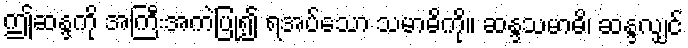
ဤဆန္ဒကို အကြီးအကဲပြု၍ ရအပ်သော သမာဓိကို။ ဆန္ဒသမာဓိ၊ ဆန္ဒလျှင်